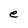
Character: e